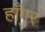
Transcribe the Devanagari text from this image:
हाँगुर